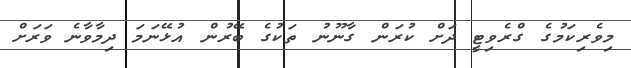
މިވެރިކަމުގެ ގްރެވިޓީ ދަށް ކުރަން ގާނޫނު ތަކުގެ ބޭރުން އުޅޭނަމަ ދިމާވާނެ ވަރަށް